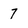
Character: 7